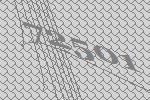
72501